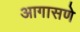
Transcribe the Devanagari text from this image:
आगासणे